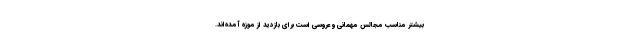
بیشتر مناسب مجالس مهمانی و عروسی است برای بازدید از موزه آمده‌اند.